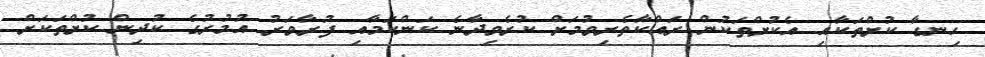
ހިނގާ ކުށްތަކާއި އެކުށްތަކުން ރައްކާތެރިވުމަށް ކުރެވިދާނެ ކަންކަމާއި ފުރާވަރު އުމުރުގެ ކުދިން ކުށްތަކަށް